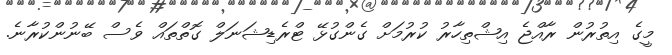
މީގެ އިތުރުން ރާއްޖެ އިޝްތިހާރު ކުރުމަށް ގެންގުޅޭ ޓްރެޑިޝަނަލް ގޮތްތައް ވެސް ބޭނުންކުރާނެ.